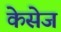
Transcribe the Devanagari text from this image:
केसेज